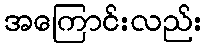
အကြောင်းလည်း